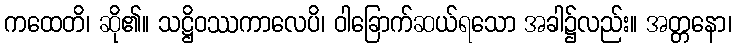
ကထေတိ၊ ဆို၏။ သဋ္ဌိဝဿကာလေပိ၊ ဝါခြောက်ဆယ်ရသော အခါ၌လည်း။ အတ္တနော၊